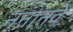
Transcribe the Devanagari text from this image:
ननानवे